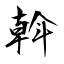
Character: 斡